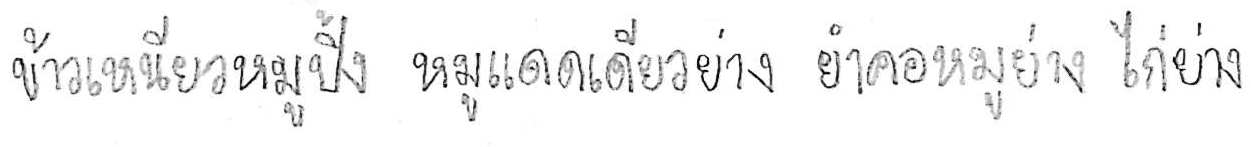
ข้าวเหนียวหมูปิ้ง หมูแดดเดียวย่าง ยำคอหมูย่าง ไก่ย่าง